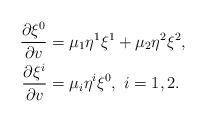
LaTeX: \begin{align*} \begin{aligned} \frac{\partial\xi^0}{\partial v}&=\mu_1\eta^1\xi^1+\mu_2\eta^2\xi^2,\\ \frac{\partial\xi^i}{\partial v}&=\mu_i\eta^i\xi^0,\ i=1,2. \end{aligned}\end{align*}